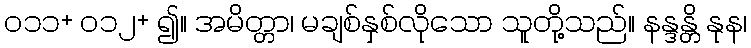
၀၁၁+ ၀၁၂+ ၍။ အမိတ္တာ၊ မချစ်နှစ်လိုသော သူတို့သည်။ နန္ဒန္တိ နုန၊